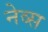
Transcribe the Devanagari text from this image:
नेव्स